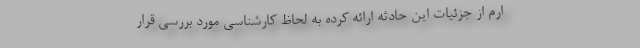
ارم از جزئیات این حادثه ارائه کرده به‌ لحاظ کارشناسی مورد بررسی قرار